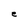
Character: e